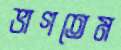
ভাগতেম